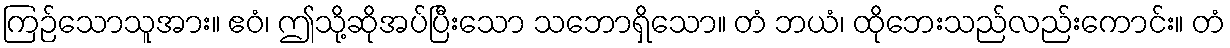
ကြဉ်သောသူအား။ ဧဝံ၊ ဤသို့ဆိုအပ်ပြီးသော သဘောရှိသော။ တံ ဘယံ၊ ထိုဘေးသည်လည်းကောင်း။ တံ